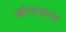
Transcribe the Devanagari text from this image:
स्त्रीवाद्यात